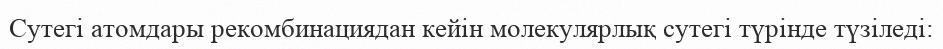
Сутегі атомдары рекомбинациядан кейін молекулярлық сутегі түрінде түзіледі: